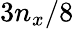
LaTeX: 3n_{x}/8